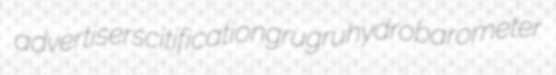
advertisers citification grugru hydrobarometer